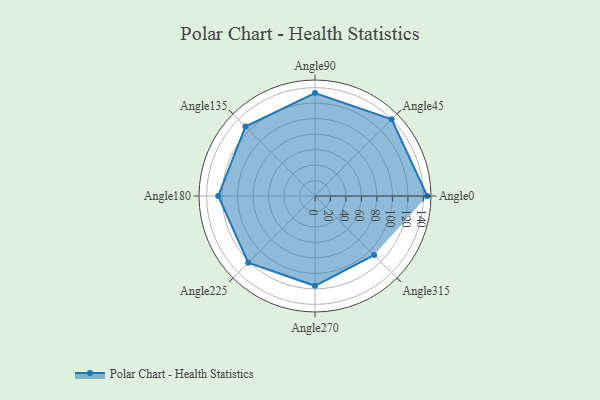
{"axis": {"x": "Angle", "y": "Radius"}, "legend": [""], "data": [{"x": "Angle0", "y": 145.0, "type": ""}, {"x": "Angle45", "y": 140.0, "type": ""}, {"x": "Angle90", "y": 133.0, "type": ""}, {"x": "Angle135", "y": 127.0, "type": ""}, {"x": "Angle180", "y": 125.0, "type": ""}, {"x": "Angle225", "y": 122.0, "type": ""}, {"x": "Angle270", "y": 116.0, "type": ""}, {"x": "Angle315", "y": 108.0, "type": ""}]}